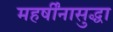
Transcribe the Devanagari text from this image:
महर्षींनासुद्धा